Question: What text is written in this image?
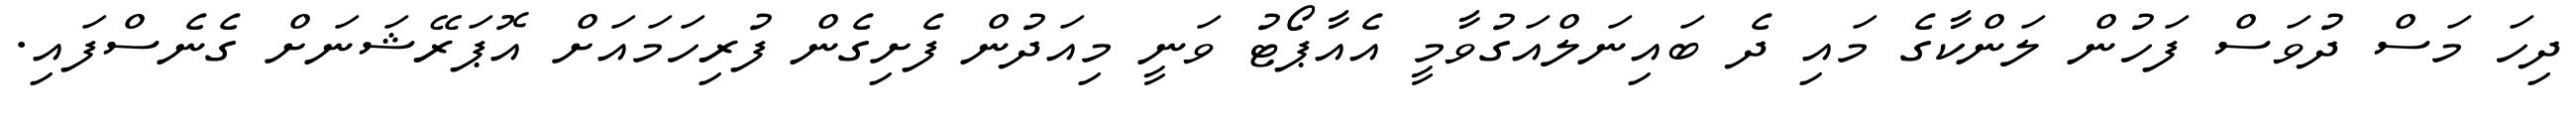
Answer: ދިހަ މަސް ދުވަސް ފަހުން ލަންކާގެ މައި ދެ ބައިނަލްއަގުވާމީ އެއާޕޯޓު ވަނީ މިއަދުން ފެށިގެން ފުރިހަމައަށް އޮޕަރޭޝަނަށް ގެނެސްފައި.